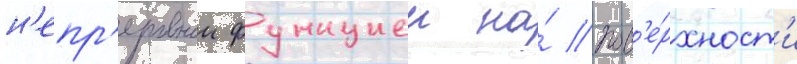
н'епр'ерывнои функциеи на́ пов'е́рхност'и